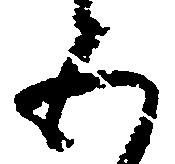
五